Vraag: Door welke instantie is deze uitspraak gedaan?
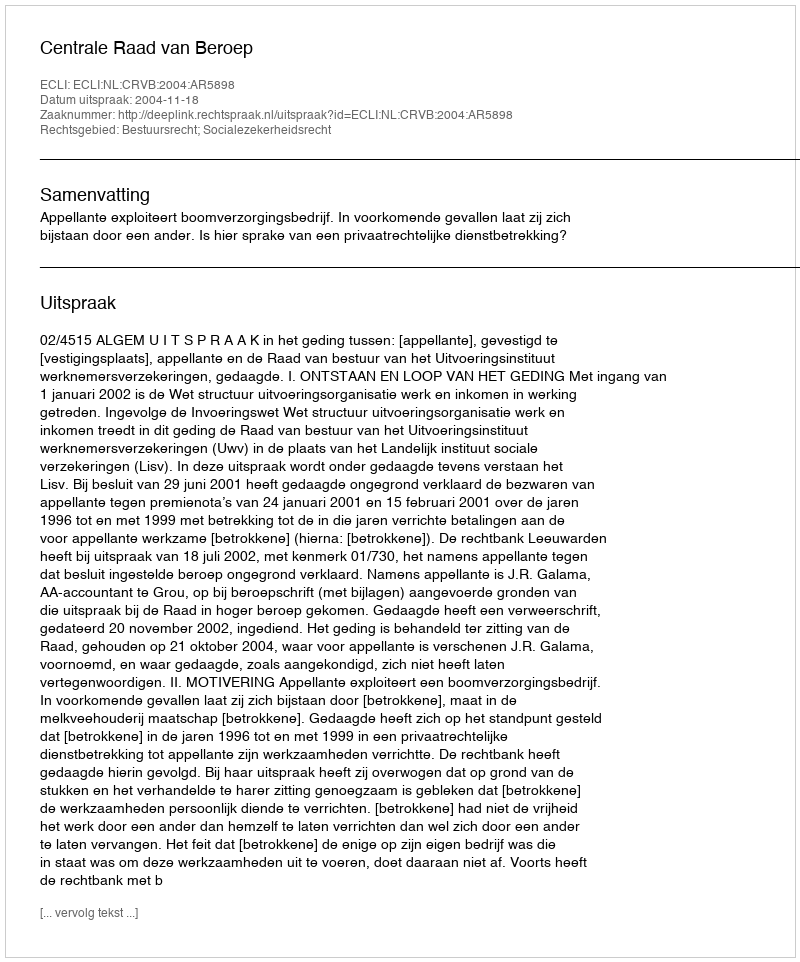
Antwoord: Centrale Raad van Beroep